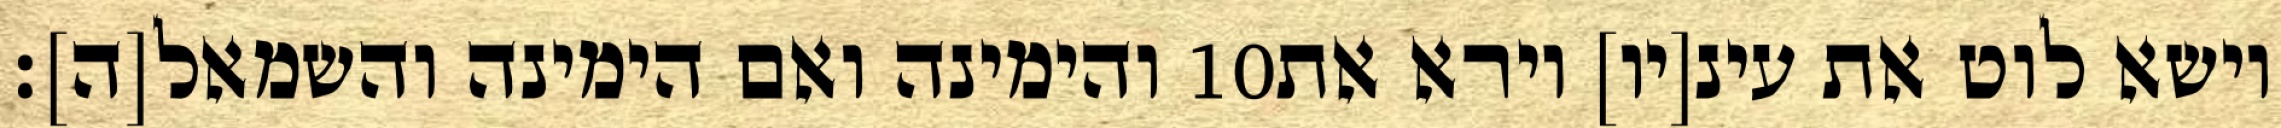
והימינה ואם הימינה והשמאל[ה]׃ ‎10‏ וישא לוט את עינ[יו] וירא את